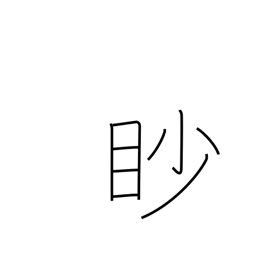
Meaning: squint